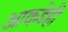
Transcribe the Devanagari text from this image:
आकडेही